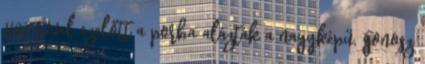
1107 évvel ezelőtt a porba alázták a nagyképű, gonosz